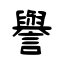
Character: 譽